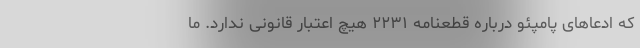
که ادعا‌های پامپئو درباره قطعنامه ٢٢٣١ هیچ اعتبار قانونی ندارد. ما